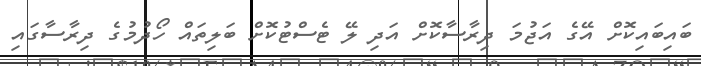
ބައިބައިކޮށް އޭގެ އަޖުމަ ދިރާސާކޮށް އަދި ލޭ ޓެސްޓުކޮށް ބަލިތައް ހޯދުމުގެ ދިރާސާގައި